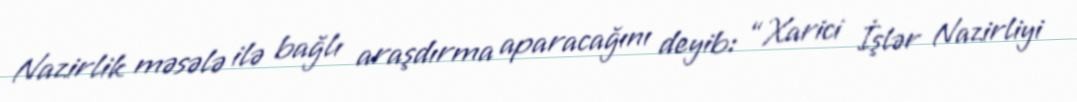
Nazirlik məsələ ilə bağlı araşdırma aparacağını deyib: “Xarici İşlər Nazirliyi